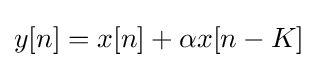
y[n]=x[n]+\alpha x[n-K]